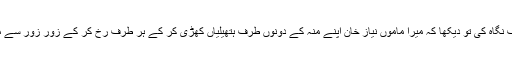
میں نے آواز کی طرف نگاہ کی تو دیکھا کہ میرا ماموں نیاز خان اپنے منہ کے دونوں طرف ہتھیلیاں کھڑی کر کے ہر طرف رخ کر کے زور زور سے میرا نام پکار رہا تھا ۔